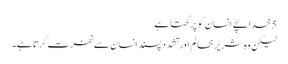
5 خدا سچےّ انسان کو پرکھتا ہے
لیکن وہ شریر ظا لم اور تشّدد پسند انسان سے نفرت کرتا ہے۔